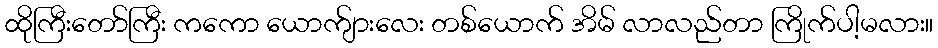
ထိုကြီးတော်ကြီး ကကော ယောက်ျားလေး တစ်ယောက် အိမ် လာလည်တာ ကြိုက်ပါ့မလား။